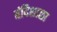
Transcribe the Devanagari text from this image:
बंदिशाळा